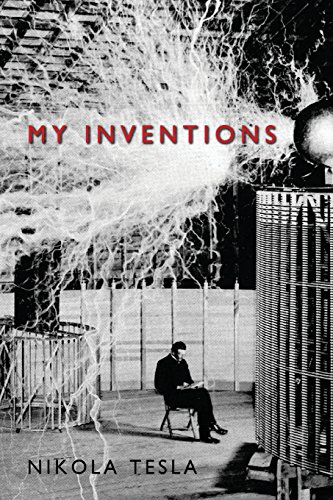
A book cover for My Inventions; Nikola Tesla; Science & Math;